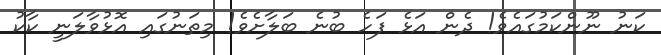
ކަނު ނޫންކަމުގައެވެ! ދެން އަޅެ ފަހެ ބުނެ ބަލާށެވެ! މިތަނުގައި އޮޅުވާލަނީ ކާކު